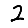
Digit: 2